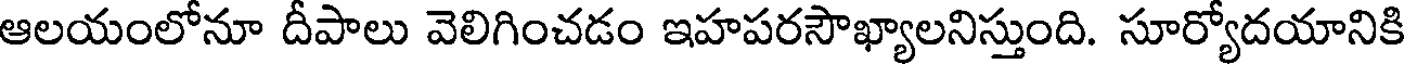
ఆలయంలోనూ దీపాలు వెలిగించడం ఇహపరసౌఖ్యాలనిస్తుంది. సూర్యోదయానికి